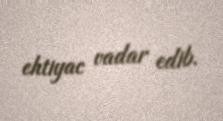
ehtiyac vadar edib.